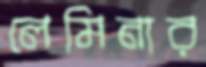
লেমিনার